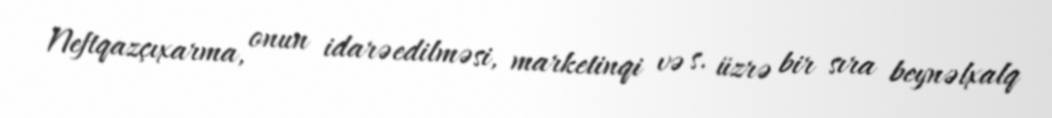
Neftqazçıxarma, onun idarəedilməsi, marketinqi və s. üzrə bir sıra beynəlxalq